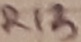
Text: R13